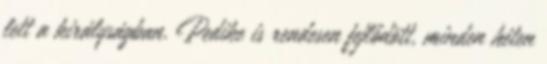
lett a királyságban. Pedike is rendesen fejlődött, minden héten